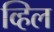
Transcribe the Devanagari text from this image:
व्हिल